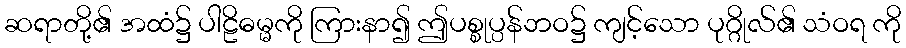
ဆရာတို့၏ အထံ၌ ပါဠိဓမ္မကို ကြားနာ၍ ဤပစ္စုပ္ပန်ဘဝ၌ ကျင့်သော ပုဂ္ဂိုလ်၏ သံဝရ ကို